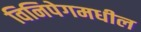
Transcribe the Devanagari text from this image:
विनिपेगमधील